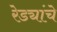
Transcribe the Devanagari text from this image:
रेड्यांचे